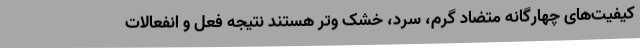
کیفیت‌های چهارگانه متضاد گرم، سرد، خشک و‌تر هستند نتیجه فعل و انفعالات